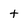
Character: t